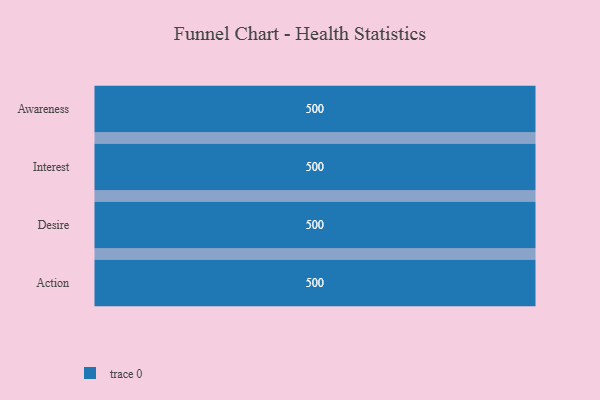
{"axis": {"x": "Stage", "y": "Value"}, "legend": [""], "data": [{"x": "Awareness", "y": 500, "type": ""}, {"x": "Interest", "y": 500, "type": ""}, {"x": "Desire", "y": 500, "type": ""}, {"x": "Action", "y": 500, "type": ""}]}